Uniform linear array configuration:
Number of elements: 8
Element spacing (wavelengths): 0.75
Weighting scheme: exponential
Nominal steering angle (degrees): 60
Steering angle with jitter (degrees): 58.046
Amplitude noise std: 0.05
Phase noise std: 0.05

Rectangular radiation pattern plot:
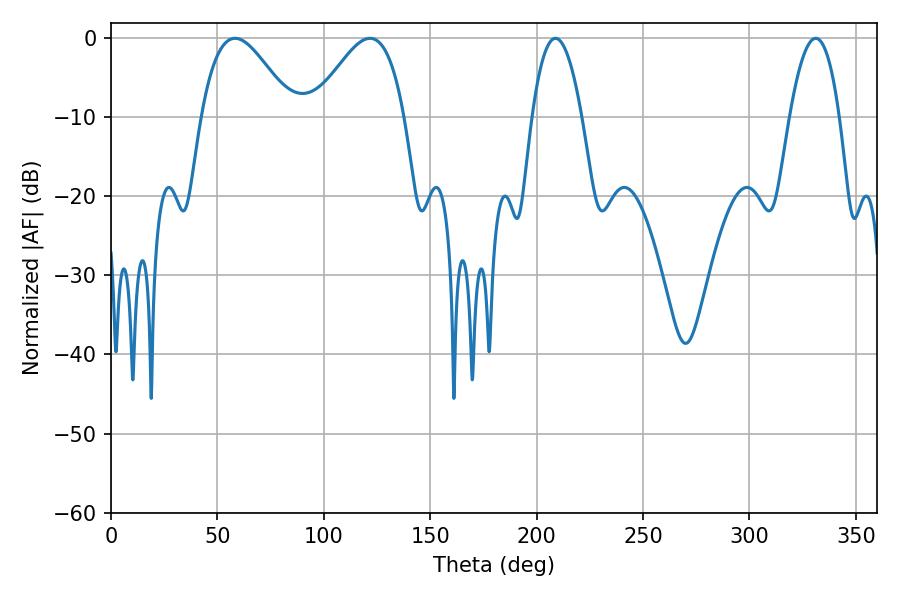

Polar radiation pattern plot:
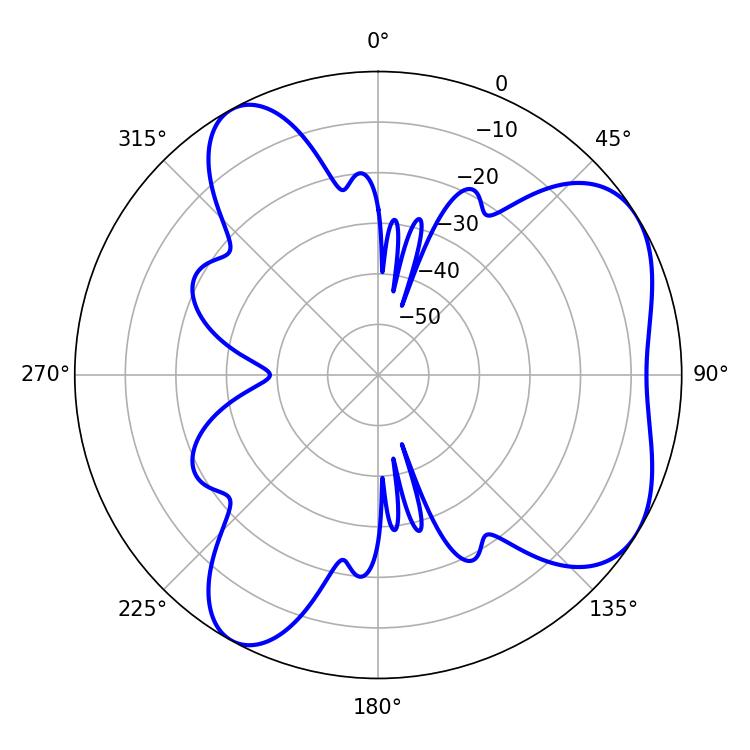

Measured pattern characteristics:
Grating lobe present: TRUE
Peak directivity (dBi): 5.629
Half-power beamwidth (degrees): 23.04
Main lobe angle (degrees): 58.32